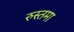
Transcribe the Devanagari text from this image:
रुस्तमा